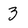
Character: 3